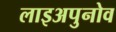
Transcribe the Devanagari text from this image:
लाइअपुनोव